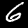
Label: 6